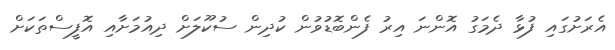
އެރަށުގައި ފުޅާ ދެމަގު އޮންނަ އިރު ފެންބޮޑުވުން ކުދިން ސުކޫލަށް ދިއުމަށާއި އޮފީސްތަކަށް